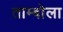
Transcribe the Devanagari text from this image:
ताम्बोला